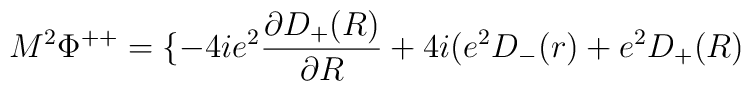
M^2 {\Phi}^{++} = \{ -4ie^2 \frac{{\partial}D_{+}(R)}{{\partial}R}+ 4i (e^2 D_{-}(r) + e^2 D_{+}(R)